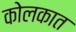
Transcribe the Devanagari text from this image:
कोलकात